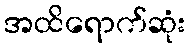
အထိရောက်ဆုံး